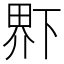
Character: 𤲂